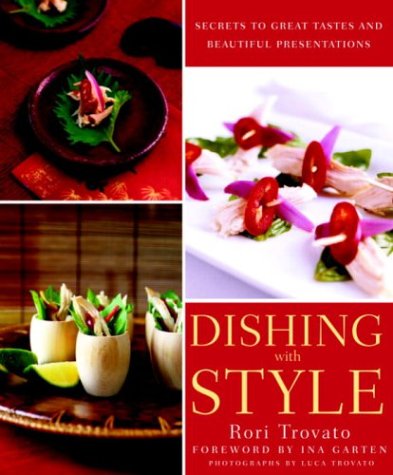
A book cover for Dishing with Style: Secrets to Great Tastes and Beautiful Presentations; Rori Trovato; Cookbooks, Food & Wine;